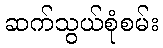
ဆက်သွယ်စုံစမ်း